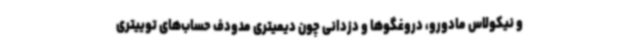
و نیکولاس مادورو، دروغگوها و دزدانی چون دیمیتری مدودف حساب‌های توییتری